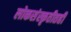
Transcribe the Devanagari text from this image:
लोकसंस्कृतीतही